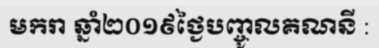
មករា ឆ្នាំ២០១៩ថ្ងៃបញ្ចូលគណនី :